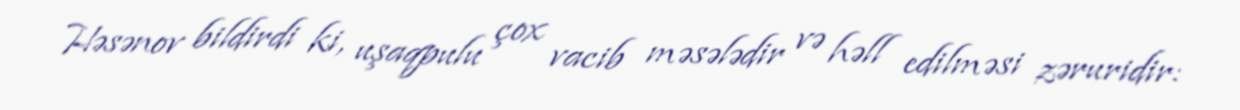
Həsənov bildirdi ki, uşaqpulu çox vacib məsələdir və həll edilməsi zəruridir: